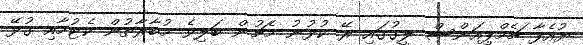
ޔުއެފާ ޗެމްޕިއަންސް ލީގުގައި ރޭ ކުޅުނު މެޗުން ބަލިވެ މުބާރާތުން ކެޓުމާއި ގުޅޭ